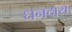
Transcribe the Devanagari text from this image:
धनदाय